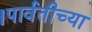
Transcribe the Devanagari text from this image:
।पार्वतीच्या